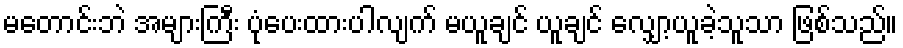
မတောင်းဘဲ အများကြီး ပုံပေးထားပါလျက် မယူချင် ယူချင် လျှော့ယူခဲ့သူသာ ဖြစ်သည်။